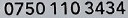
0750 110 3434